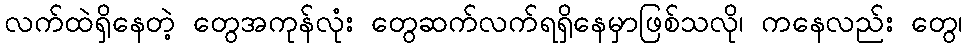
လက်ထဲရှိနေတဲ့ တွေအကုန်လုံး တွေဆက်လက်ရရှိနေမှာဖြစ်သလို၊ ကနေလည်း တွေ၊